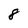
Character: 8